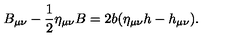
B _ { \mu \nu } - \frac 1 2 \eta _ { \mu \nu } B = 2 b ( \eta _ { \mu \nu } h - h _ { \mu \nu } ) .